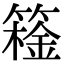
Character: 𬕮